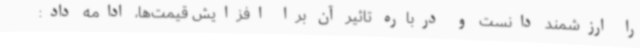
را ارزشمند دانست و درباره تاثیر آن برا افزایش قیمت‌ها، ادامه داد: